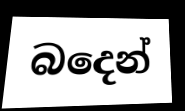
බදෙන්